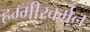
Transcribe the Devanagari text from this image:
हम्मीरवर्मन्